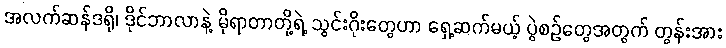
အလက်ဆန်ဒရို၊ ဒိုင်ဘာလာနဲ့ မိုရာတာတို့ရဲ့ သွင်းဂိုးတွေဟာ ရှေ့ဆက်မယ့် ပွဲစဉ်တွေအတွက် တွန်းအား